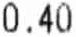
0.40